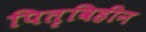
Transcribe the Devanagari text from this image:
पितृविहीन